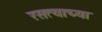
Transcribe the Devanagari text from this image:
रसत्याच्या